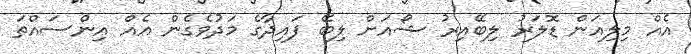
އެއް މިލިއަން ޑޮލަރު ލިބޭއިރު ޝޯއަށް ލިބޭ ފައިދާގެ މަދުވެގެން އެއް އިންސައްތަ